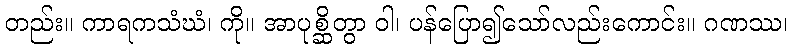
တည်း။ ကာရကသံဃံ၊ ကို။ အာပုစ္ဆိတွာ ဝါ၊ ပန်ပြော၍သော်လည်းကောင်း။ ဂဏဿ၊